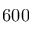
6 0 0